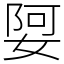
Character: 娿